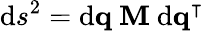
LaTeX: \mathrm{d}s^{2}=\mathrm{d}\mathbf{{q}}\ \mathbf{{M}}\ \mathrm{d}\mathbf{{q^{\intercal}}}